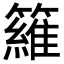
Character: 𥵻